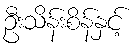
ဦးသိန်းစိန်နှင့်